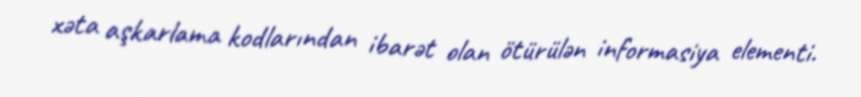
xəta aşkarlama kodlarından ibarət olan ötürülən informasiya elementi.